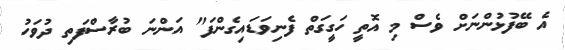
އެ ބޭފުޅުންނަށް ވެސް މި އޮތީ ހަގީގަތް ފެނިވަޑައިގެންފަ" އަންނަ ބުރާސްފަތި ދުވަހު